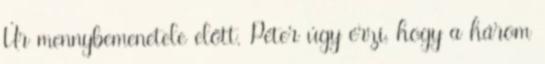
Úr mennybemenetele előtt. Péter úgy érzi, hogy a három